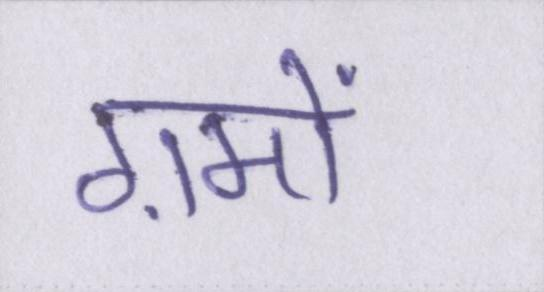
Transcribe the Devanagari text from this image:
ग़मों